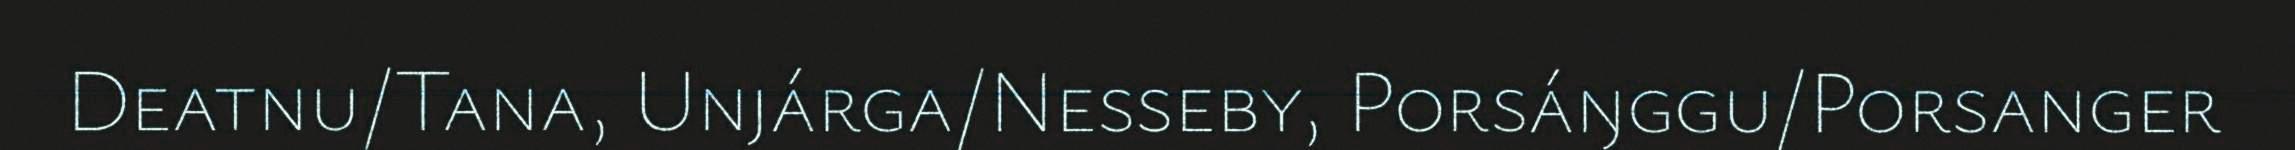
Deatnu/Tana, Unjárga/Nesseby, Porsáŋggu/Porsanger